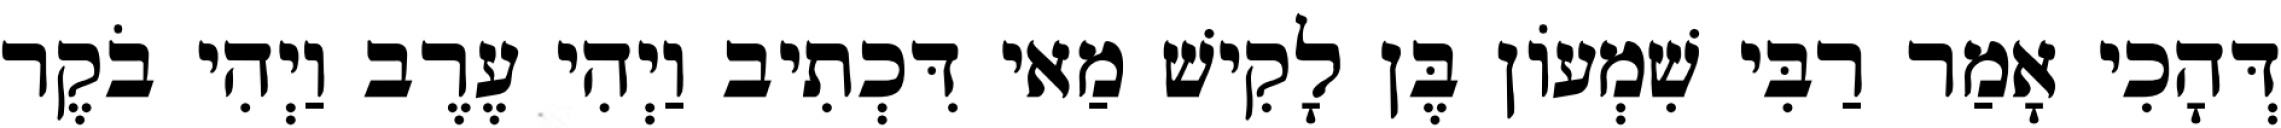
דְּהָכִי אָמַר רַבִּי שִׁמְעוֹן בֶּן לָקִישׁ מַאי דִּכְתִיב וַיְהִי עֶרֶב וַיְהִי בֹקֶר